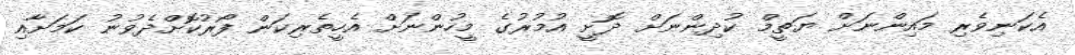
އެކަނިވެރި މައިންނަށް ޔަތީމް ކުދިންނަށް ދޮށީ އުމުރުގެ މީހުންނަށް އެހީތެރިކަން ފޯރުކޮށްދެވުނު ކަމަށާއި